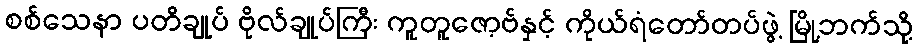
စစ်သေနာ ပတိချုပ် ဗိုလ်ချုပ်ကြီး ကူတူဇော့ဗ်နှင့် ကိုယ်ရံတော်တပ်ဖွဲ့ မြို့ဘက်သို့